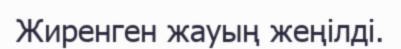
Жиренген жауың жеңілді.